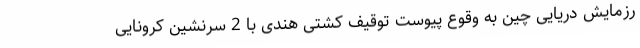
رزمایش دریایی چین به وقوع پیوست توقیف کشتی هندی با 2 سرنشین کرونایی